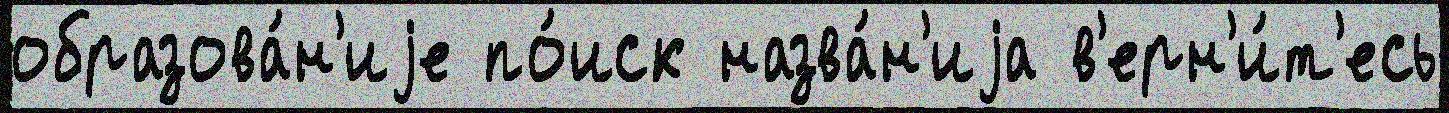
образова́н'иjе по́иск назва́н'иjа в'ерн'и́т'есь